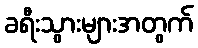
ခရီးသွားများအတွက်